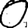
Digit: 0